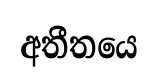
අතීතයෙ